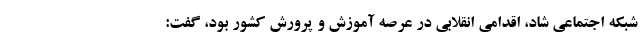
شبکه اجتماعی شاد، اقدامی انقلابی در عرصه آموزش و پرورش کشور بود، گفت: